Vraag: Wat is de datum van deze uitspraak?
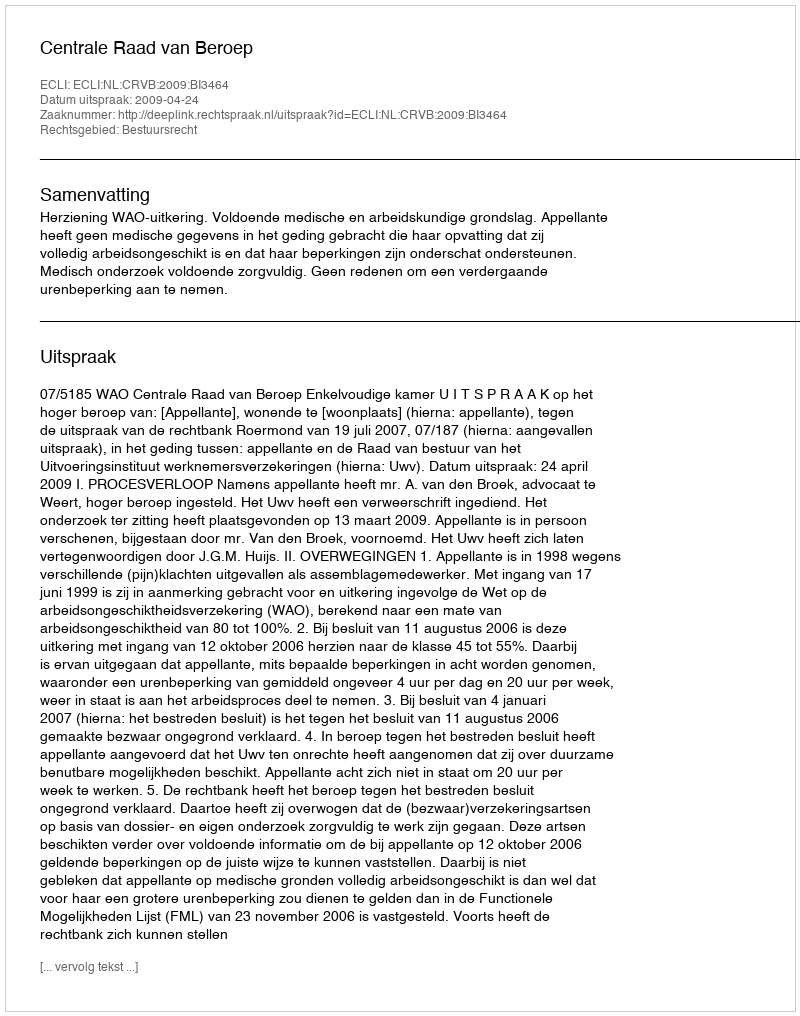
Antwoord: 2009-04-24